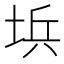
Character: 㙃